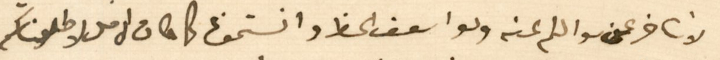
لا نتاخر عن سوالكم عنه ولو اسعف الحظ وانستمونا كما كان الامل لاطلعناكم